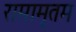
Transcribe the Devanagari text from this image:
रामामृतम